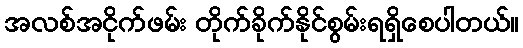
အလစ်အငိုက်ဖမ်း တိုက်ခိုက်နိုင်စွမ်းရရှိစေပါတယ်။